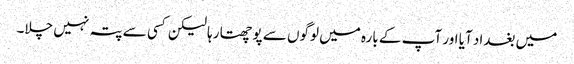
میں بغداد آیا اور آپ کے بارہ میں لوگوں سے پوچھتا رہا لیکن کسی سے پتہ نہیں چلا۔